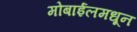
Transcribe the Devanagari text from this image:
मोबाईलमधून